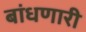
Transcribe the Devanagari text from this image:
बांधणारी